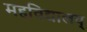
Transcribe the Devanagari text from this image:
महविद्यालय्